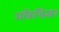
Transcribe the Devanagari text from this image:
अकिचिंत्कर